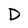
Character: D